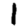
Digit: 1